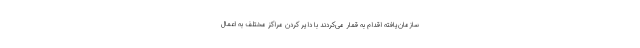
سازمان‌یافته اقدام به قمار می‌کردند با دایر کردن مراکز مختلف به اعمال